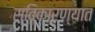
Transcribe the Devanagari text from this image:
स्विकारण्यात